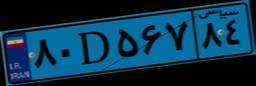
۴۴D۱۹۷۳۸